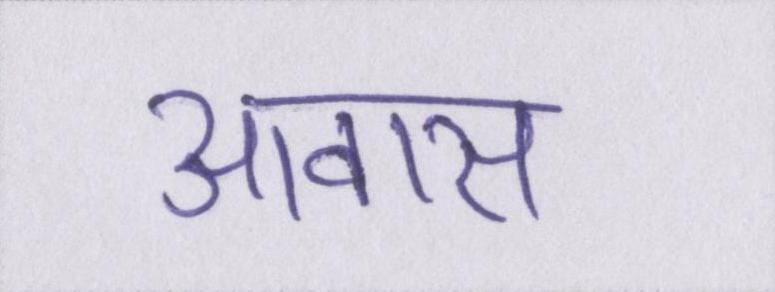
आवास